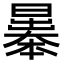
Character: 曓